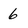
Character: 6